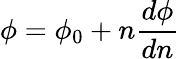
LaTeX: \phi=\phi_{0}+n\frac{d\phi}{dn}